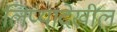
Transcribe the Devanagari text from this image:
लिप्यादेखील